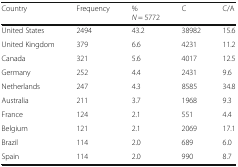
<table><thead><tr><td><b>Country</b></td><td><b>Frequency</b></td><td><b>%<i>N</i> = 5772</b></td><td><b>C</b></td><td><b>C/A</b></td></tr></thead><tbody><tr><td>United States</td><td>2494</td><td>43.2</td><td>38982</td><td>15.6</td></tr><tr><td>United Kingdom</td><td>379</td><td>6.6</td><td>4231</td><td>11.2</td></tr><tr><td>Canada</td><td>321</td><td>5.6</td><td>4017</td><td>12.5</td></tr><tr><td>Germany</td><td>252</td><td>4.4</td><td>2431</td><td>9.6</td></tr><tr><td>Netherlands</td><td>247</td><td>4.3</td><td>8585</td><td>34.8</td></tr><tr><td>Australia</td><td>211</td><td>3.7</td><td>1968</td><td>9.3</td></tr><tr><td>France</td><td>124</td><td>2.1</td><td>551</td><td>4.4</td></tr><tr><td>Belgium</td><td>121</td><td>2.1</td><td>2069</td><td>17.1</td></tr><tr><td>Brazil</td><td>114</td><td>2.0</td><td>689</td><td>6.0</td></tr><tr><td>Spain</td><td>114</td><td>2.0</td><td>990</td><td>8.7</td></tr></tbody></table>